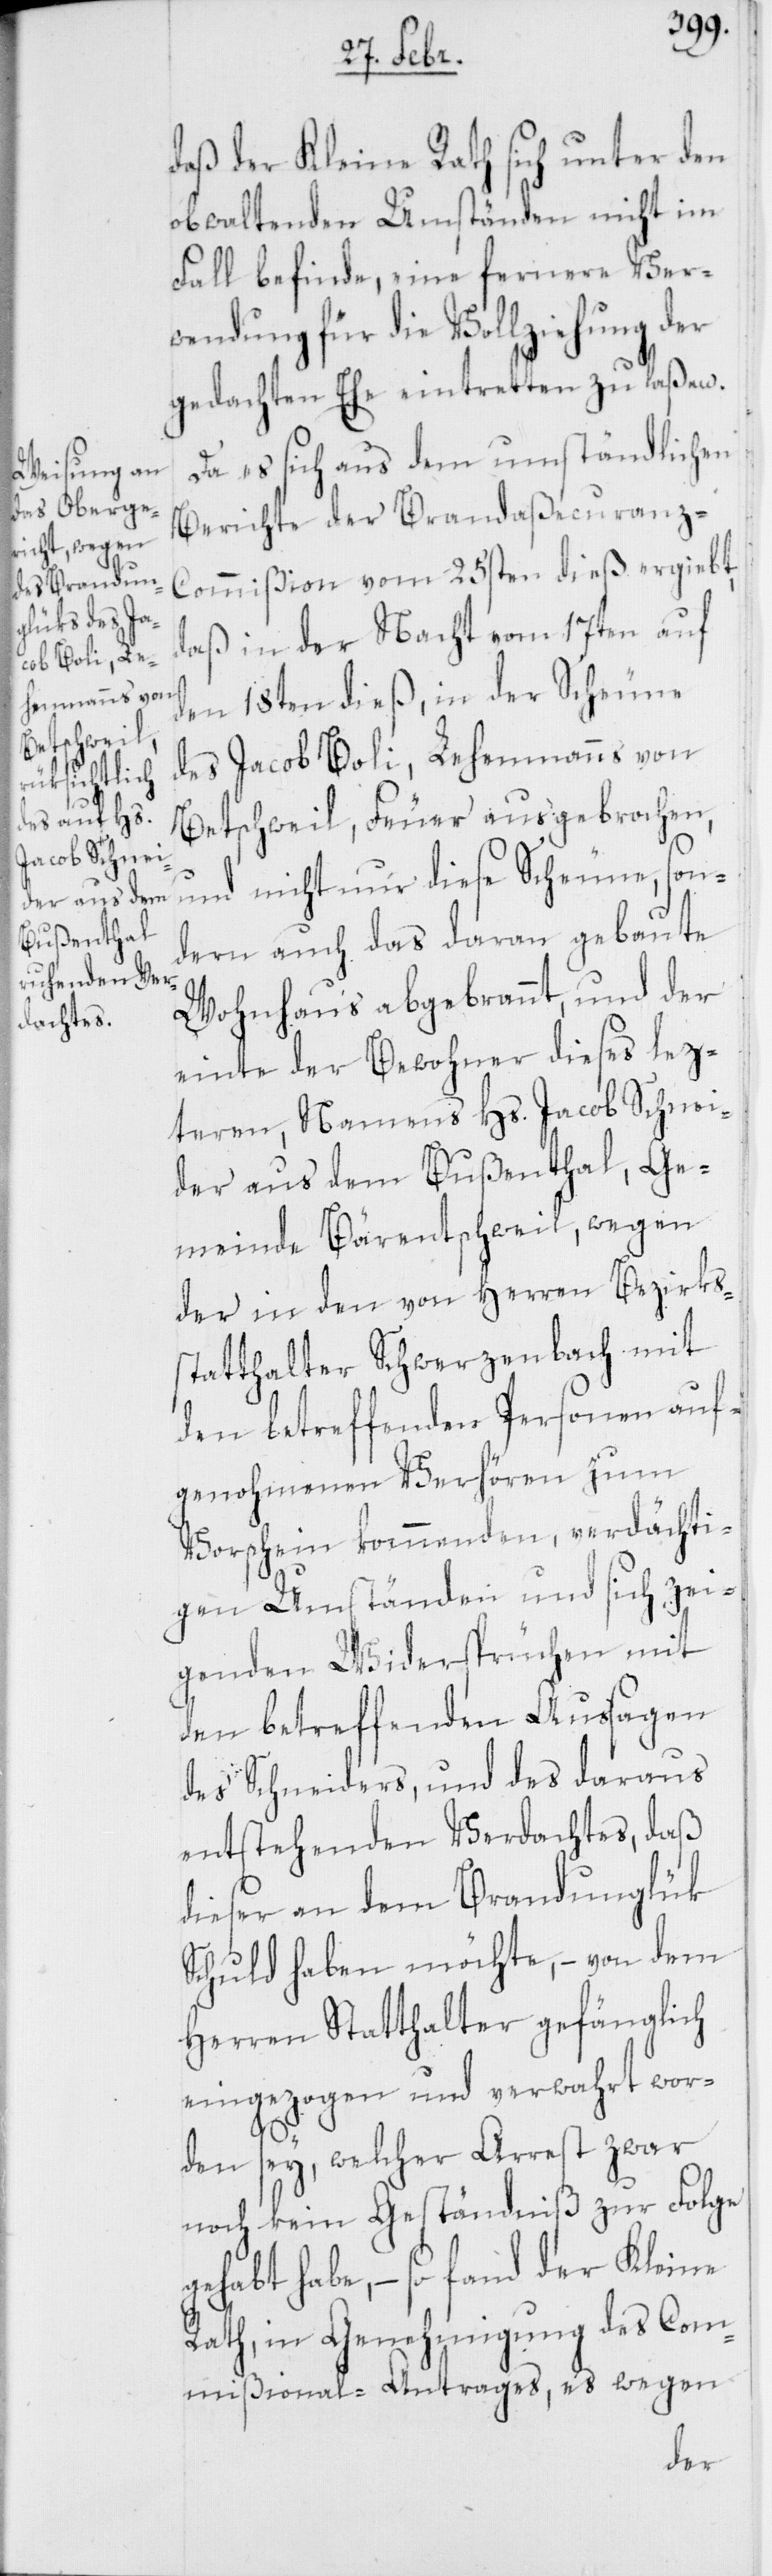
daß der Kleine Rath sich unter den
obwaltenden Umständen nicht im
Fall befinde, eine fernere Ver¬
wendung für die Vollziehung der
gedachten Ehe eintretten zu laßen.
Da es sich aus dem umständlichen
Berichte der Brandaßecuranz-C¬
ommißion vom 25sten dieß ergiebt,
daß in der Nacht vom 17ten auf
den 18ten dieß, in der Scheune
des Jacob Boli, Lehenmanns von
Betschweil, Feuer ausgebrochen,
und nicht nur diese Scheune, son¬
dern auch das daran gebaute
Wohnhaus abgebrannt, und der
einte der Bewohner dieses lez¬
teren, Namens Hs. Jacob Schnei¬
der aus dem Bußenthal, Ge¬
meinde Bärentschweil, wegen
der in den von Herren Bezirks¬
statthalter Schwerzenbach mit
den betreffenden Personen auf¬
genohmenen Verhören zum
Vorschein kommenden, verdächti¬
gen Umständen und sich zei¬
genden Widersprüchen mit
den betreffenden Aussagen
des Schneiders, und des daraus
entstehenden Verdachtes, daß
dieser an dem Brandunglük
Schuld haben möchte, – von dem
Herren Statthalter gefänglich
eingezogen und verwahrt wor¬
den sey, welcher Arrest zwar
noch kein Geständniß zur Folge
gehabt habe, – so fand der Kleine
Rath, in Genehmigung des Com¬
mißional-Antrages, es wegen